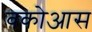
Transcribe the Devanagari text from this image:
वकोआस